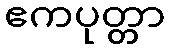
ဧကပုတ္တာ